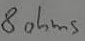
Text: 8Ω